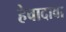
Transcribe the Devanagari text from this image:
हेवादावा